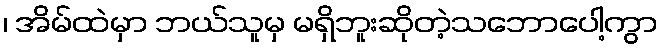
၊ အိမ်ထဲမှာ ဘယ်သူမှ မရှိဘူးဆိုတဲ့သဘောပေါ့ကွာ